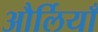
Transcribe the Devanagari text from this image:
और्लियाँ